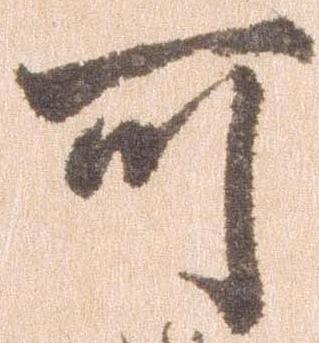
可